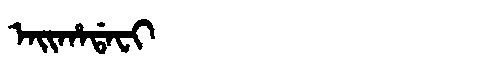
Manchu: ᠠᡳᡥᠠᡩᠠᠸᡳ
Romanization: AIHADAFI